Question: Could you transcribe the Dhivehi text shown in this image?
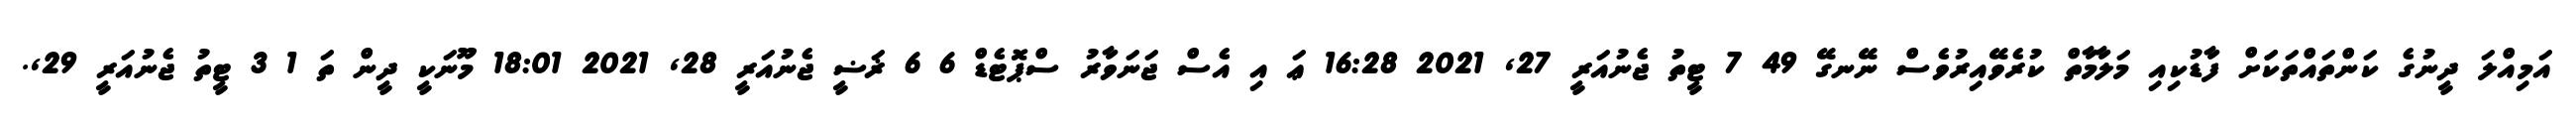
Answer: އަމިއްލަ ދީނުގެ ކަންތައްތަކަަށް ފާޑުކިއި މަލާމާތް ކުރެވޭއިރުވެސް ނޭނގޭ 49 7 ޓީތު ޖެނުއަރީ 27, 2021 16:28 ޢަ އި އެސް ޖަނަވާރު ސްޕޮޓެޑް 6 6 ޜަޟީ ޖެނުއަރީ 28, 2021 18:01 މޫނަކީ ދީން ތަ 1 3 ޓީތު ޖެނުއަރީ 29,.